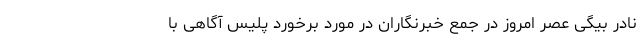
نادر بیگی عصر امروز در جمع خبرنگاران در مورد برخورد پلیس آگاهی با